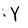
Character: Y